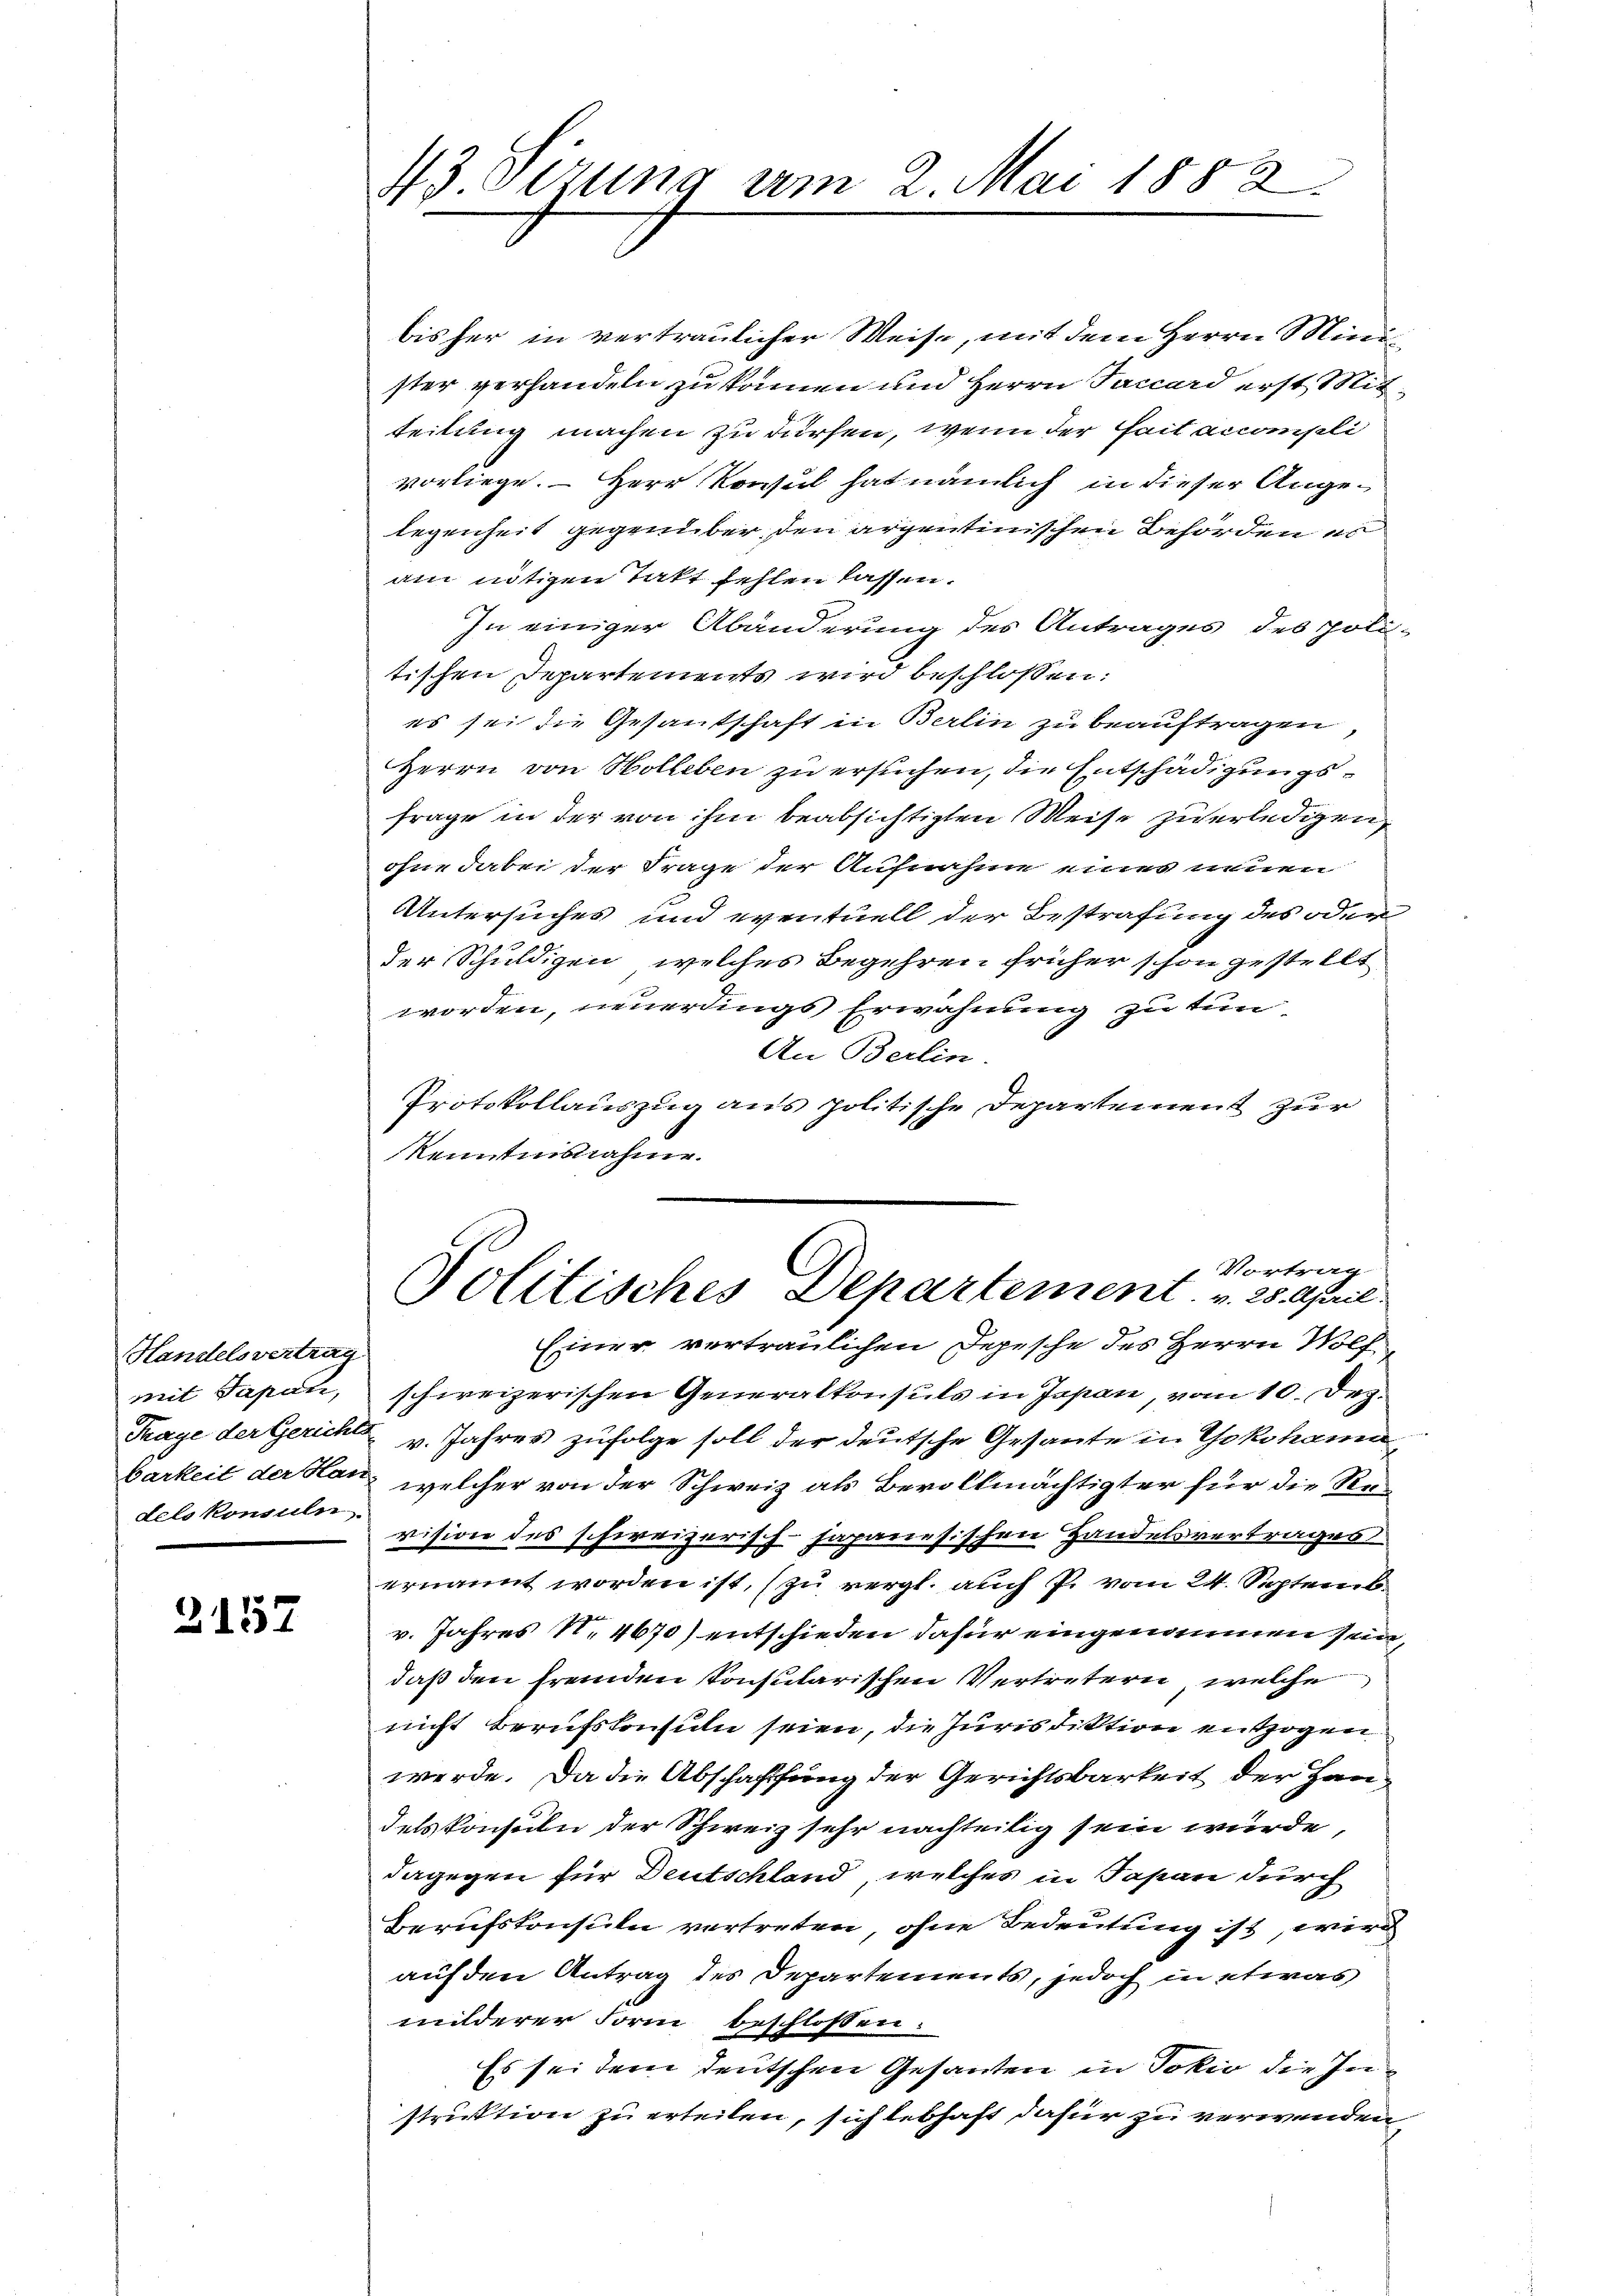
Handelsvertrag
dels konsuln

2157

43 Sizung am 2. Mai 1882.

bisher in vertraulicher Weise, mit dem Herrn Minister verhandeln zu können und Herrn Faccard erst Mitteilung machen zu dürfen, wenn der ait accompli
vorliege. – Herr Konsul hat nämlich in dieser Angelegenheit gegenüber den argentinischen Behörden es
am nötigen Takt fehlen lassen.
In einiger Abänderung des Antrages des poli-
tischen Departements wird beschlossen:
es sei die Gesantschaft in Berlin zu beauftragen,
Herrn von Wolleben zu ersuchen, die Entschädigungsfrage in der von ihm beabsichtigten Weise zuerledigen,
ohne dabei der Frage der Aufnahme eines innen
Untersuches und eventuell der Bestrafung des oder
der Schuldigen, welches Begehren früher schon gestellt
worden, neuerdings Erwähnung zu tun¬
An Berlin.
Protokollauszug aus politische Departement zur
kenntnisnahme.

Vortrag
Politisches Departement. v. 25. April

Einer vertraulichen Depesche des Herrn Wolf
mit Japan, schweizerischen Generalkonsuls in Japan, vom 10. Dez.
Trage der Gericht v. Jahres zufolge soll der deutsche Gesante in Yokohamabarkeit der Han, welcher von der Schweiz als Bevollmächtigter für die Revision des schweizerisch-hapanesischen Handelsvertrages
ernannt worden ist, (zu vergl. auch P. vom 24. Septemb.
v. Jahres N. 4670) entschieden dafür eingenommen sein,
daß den fremden konsularischen Vertretern, welche
nicht berufskonsuln seien, die Jurisdiktion entzogen
werde. Da die Abschaffung der Gerichtsbarkeit der Handelskonsuln der Schweiz sehr nachteilig sein würde,
dagegen für Deutschland, welches in Tapan durch
Berufskonsuln vertreten, ohne Bedeutung ist, wird
auf den Antrag des Departements, jedoch in etwas
milderer Form beschlossen:
Es sei dem deutschen Gesanten in Jokić die Instruktion zu erteilen, sich lebhaft dafür zu verwenden